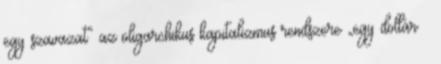
egy szavazat” az oligarchikus kapitalizmus rendszere „egy dollár –